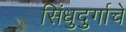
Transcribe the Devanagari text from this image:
सिंधुदुर्गाचे